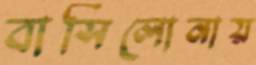
বার্সিলোনায়